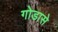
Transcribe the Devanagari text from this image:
गोडासे